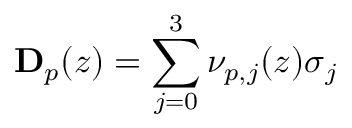
{ \bf D } _ { p } ( z ) = \sum _ { j = 0 } ^ { 3 } \nu _ { p , j } ( z ) { \boldsymbol { \sigma } } _ { j }